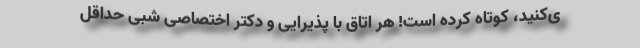
ی‌کنید، کوتاه کرده است! هر اتاق با پذیرایی و دکتر اختصاصی شبی حداقل